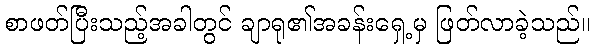
စာဖတ်ပြီးသည့်အခါတွင် ချာရု၏အခန်းရှေ့မှ ဖြတ်လာခဲ့သည်။